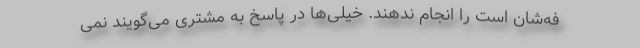
فه‌شان است را انجام ندهند. خیلی‌ها در پاسخ به مشتری می‌گویند نمی‌